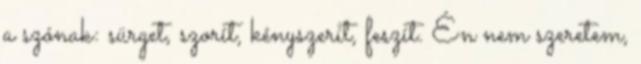
a szónak: sürget, szorít, kényszerít, feszít. Én nem szeretem,